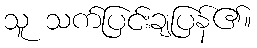
သူ သက်ပြင်းချပြန်၏။